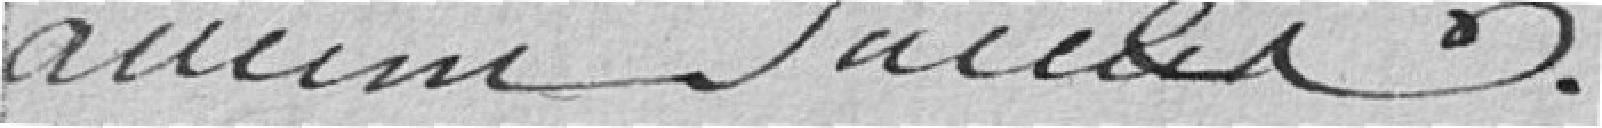
aucun succès.